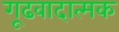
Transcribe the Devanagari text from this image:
गूढवादात्मक